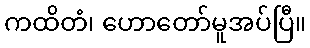
ကထိတံ၊ ဟောတော်မူအပ်ပြီ။